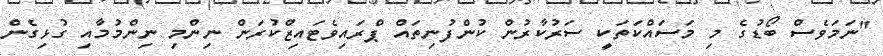
"ނަމަވެސް ބޯޑުގެ މި މަސައްކަތަކީ ސަރުކާރުން ކުންފުނިތައް ޕްރައިވެޓައިޒްކުރަން ނިންމި ނިންމުމާއި ގުޅިގެން